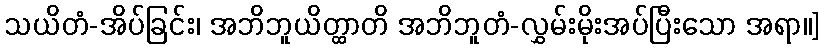
သယိတံ-အိပ်ခြင်း၊ အဘိဘူယိတ္ထာတိ အဘိဘူတံ-လွှမ်းမိုးအပ်ပြီးသော အရာ။]